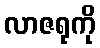
လာဇရုကို